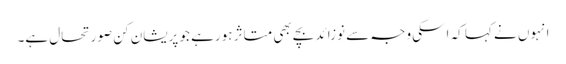
انہوں نے کہا کہ اسکی وجہ سے نوزائد بچے بھی متاثر ہورہے جو پریشان کن صورتحال ہے۔